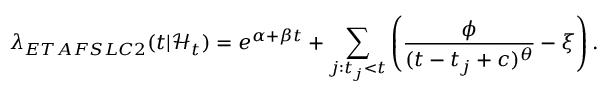
\lambda _ { E T A F S L C 2 } ( t | \mathcal { H } _ { t } ) = e ^ { \alpha + \beta t } + \sum _ { j : t _ { j } < t } \left( \frac { \phi } { ( t - t _ { j } + c ) ^ { \theta } } - \xi \right) .